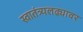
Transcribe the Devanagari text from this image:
स्वातंत्र्यलढ्यावर